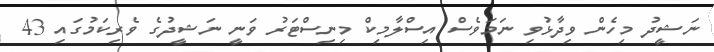
ނަޝީދު މިހެން ވިދާޅުވި ނަމަވެސް އިސްލާމިކް މިނިސްޓަރު ވަނީ ނަޝީދުގެ ވެރިކަމުގައި 43